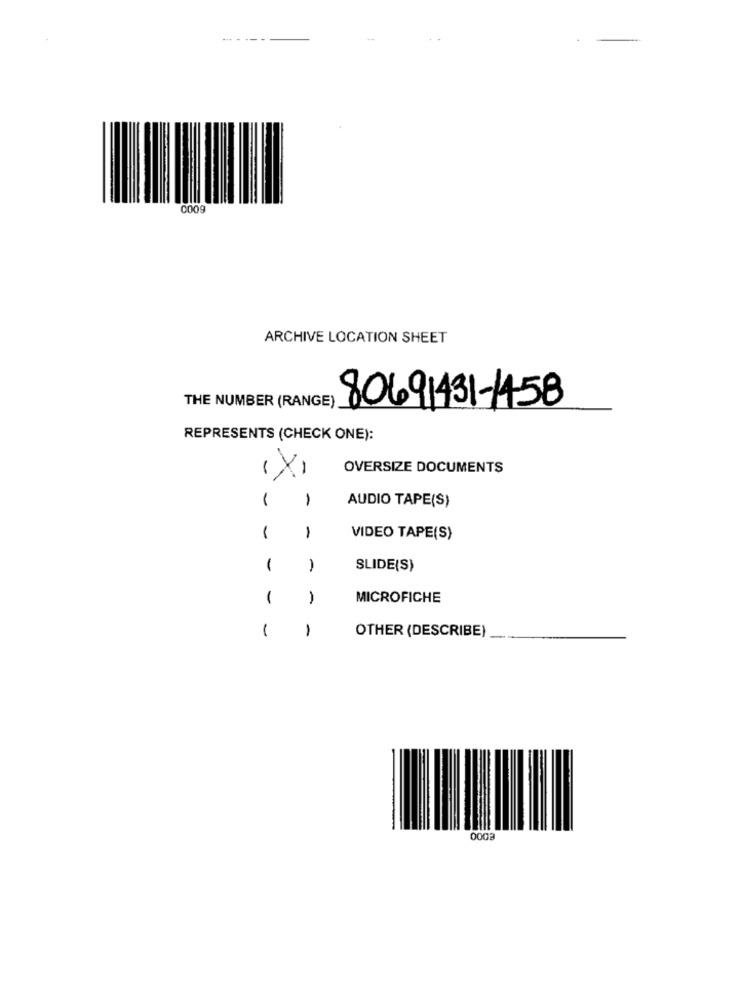
0009
ARCHIVE LOCATION SHEET
THE NUMBER (RANGE)
80691431-1458
REPRESENTS (CHECK ONE):
(X)
OVERSIZE DOCUMENTS
1
-
AUDIO TAPE(S)
1
1
VIDEO TAPE(S)
1
-
SLIDE(S)
1
-
MICROFICHE
1
1
OTHER (DESCRIBE)